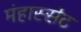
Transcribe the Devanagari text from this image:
मंहास्सेट